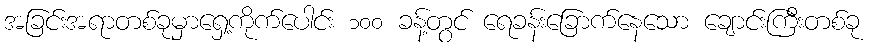
အခြင်းအရာတစ်ခုမှာရှေ့ကိုက်ပေါင်း ၁၀၀ ခန့်တွင် ရေခန်းခြောက်နေသော ချောင်းကြီးတစ်ခု